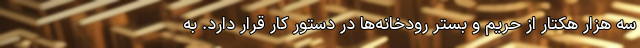
سه هزار هکتار از حریم و بستر رودخانه‌ها در دستور کار قرار دارد. به